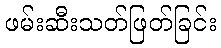
ဖမ်းဆီးသတ်ဖြတ်ခြင်း